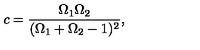
c = \frac { \Omega _ { 1 } \Omega _ { 2 } } { ( \Omega _ { 1 } + \Omega _ { 2 } - 1 ) ^ { 2 } } ,